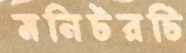
মনিটরটি